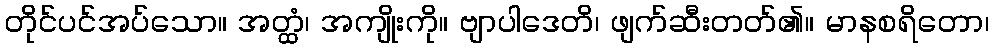
တိုင်ပင်အပ်သော။ အတ္ထံ၊ အကျိုးကို။ ဗျာပါဒေတိ၊ ဖျက်ဆီးတတ်၏။ မာနစရိတော၊